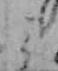
ミ